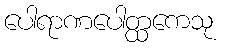
ပေါရာဏပေါတ္ထကေသု